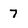
Character: 7